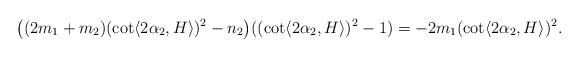
LaTeX: \begin{align*} \big( (2m_{1}+m_{2}) (\cot \langle 2\alpha_{2} , H\rangle )^{2}-n_{2}\big) ((\cot \langle 2\alpha_{2} , H\rangle )^{2}-1)= -2m_{1}(\cot \langle 2\alpha_{2} , H\rangle )^{2}.\end{align*}